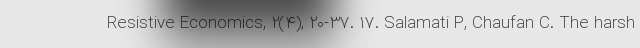
Resistive Economics, 2(4), 20-37. 17. Salamati P, Chaufan C. The harsh